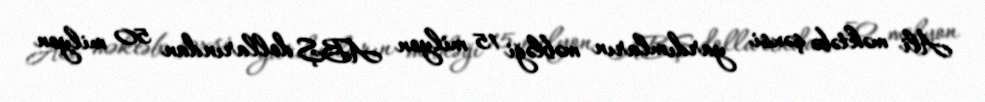
Ali məktəbə şəxsi yardımların məbləği 15 milyon ABŞ dollarından 50 milyon